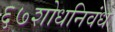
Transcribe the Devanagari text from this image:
६७शोधनिवंध